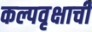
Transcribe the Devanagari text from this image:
कल्पवृक्षाची